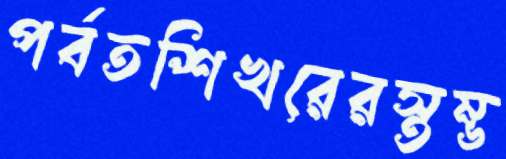
পর্বতশিখরেরস্তম্ভ